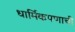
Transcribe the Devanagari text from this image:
धार्मिकपणाची